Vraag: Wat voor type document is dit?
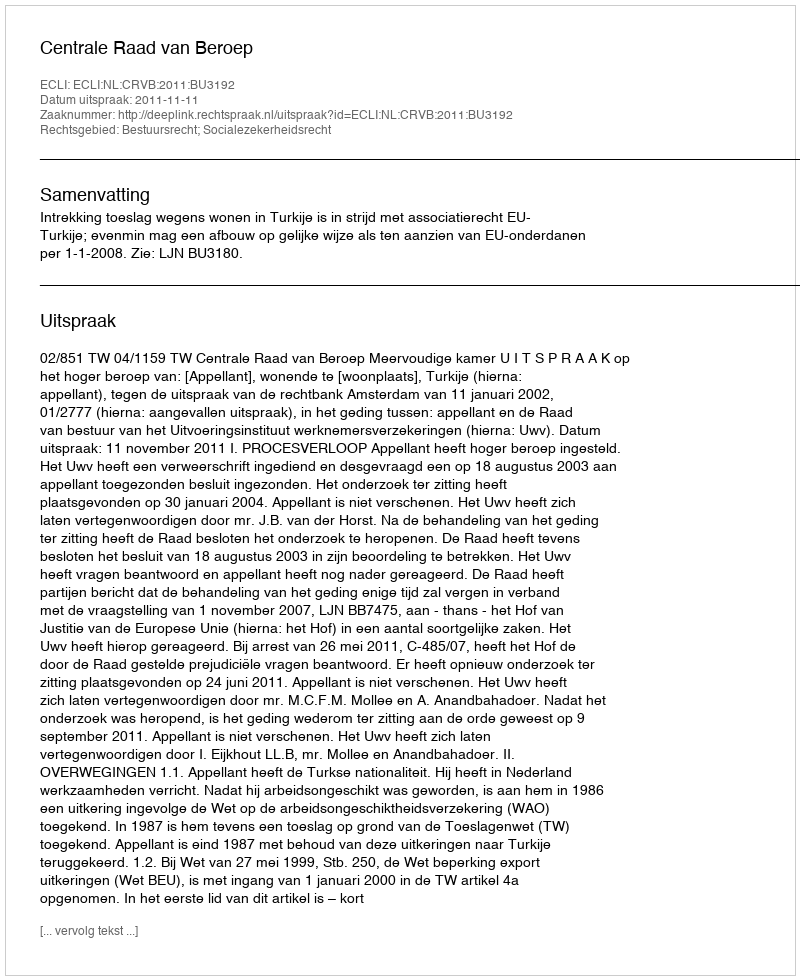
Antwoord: Uitspraak